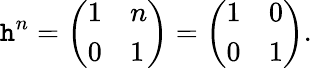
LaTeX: \mathtt{h}^{n}={\left(\begin{array}{ll}{1}&{n}\\ {0}&{1}\end{array}\right)}={\left(\begin{array}{ll}{1}&{0}\\ {0}&{1}\end{array}\right)}.